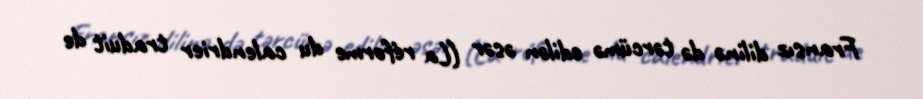
Fransız dilinə də tərcümə edilən əsər (La réforme du calendrier traduit de